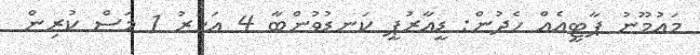
މައުމޫނު ޕާޓީއެއް ހެދުން: ޑީއާރުޕީ ކަނޑުވުންބާ 4 އަހަރު 1 މަސް ކުރިން